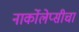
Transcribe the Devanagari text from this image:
नार्कोलेप्सीचा